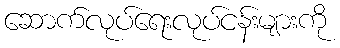
ဆောက်လုပ်ရေးလုပ်ငန်းများကို